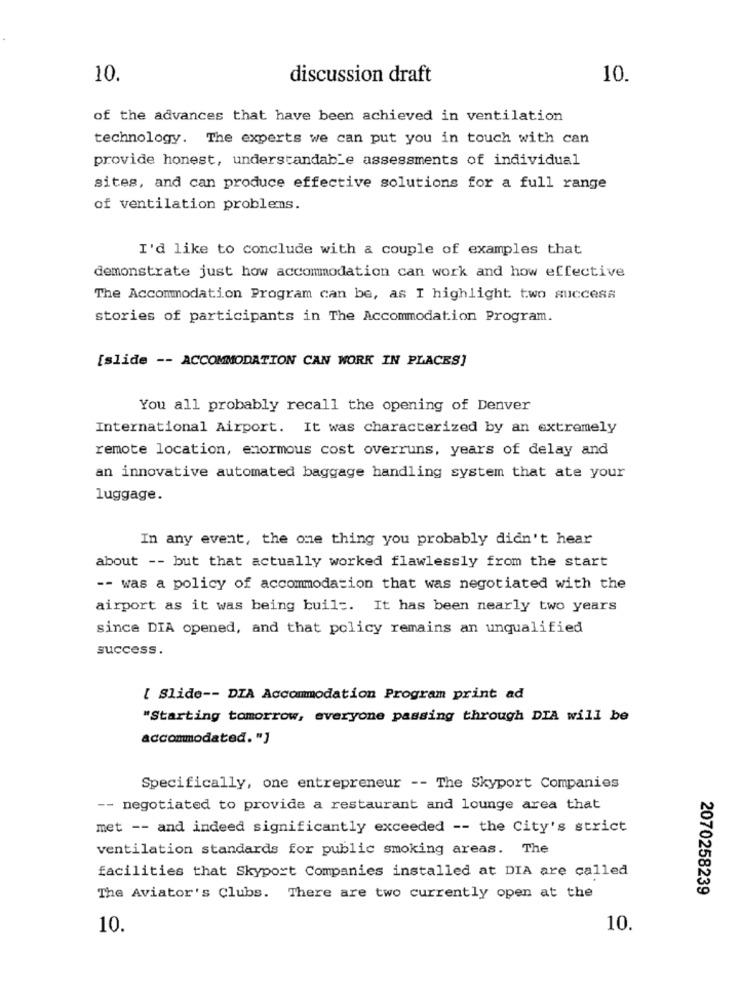
10.
discussion draft
10.
of the advances that have been achieved in ventilation
technology. The experts we can put you in touch with can
provide honest, understandable assessments of individual
sites, and can produce effective solutions for a full range
of ventilation problems.
I'd like to conclude with a couple of examples that
demonstrate just how accommodation can work and how effective
The Accommodation Program can be, as I highlight two success
stories of participants in The Accommodation Program.
[slide -- ACCOMMODATION CAN WORK IN PLACES]
You all probably recall the opening of Denver
International Airport. It was characterized by an extremely
remote location, enormous cost overruns, years of delay and
an innovative automated baggage handling system that ate your
luggage.
In any event, the one thing you probably didn't hear
about -- but that actually worked flawlessly from the start
-- was a policy of accommodation that was negotiated with the
airport as it was being built. It has been nearly two years
since DIA opened, and that policy remains an unqualified
success.
[ Slide -- DIA Accommodation Program print ad
"Starting tomorrow, everyone passing through DIA will be
accommodated. "]
Specifically, one entrepreneur -- The Skyport Companies
-- negotiated to provide a restaurant and lounge area that
met -- and indeed significantly exceeded -- the City's strict
ventilation standards for public smoking areas. The
facilities that Skyport Companies installed at DIA are called
2070258239
The Aviator's Clubs. There are two currently open at the
10.
10.